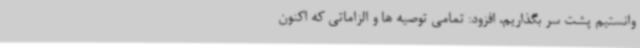
وانستیم پشت سر بگذاریم، افزود: تمامی توصیه ها و الزاماتی که اکنون